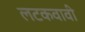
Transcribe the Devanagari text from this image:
लटकवावी